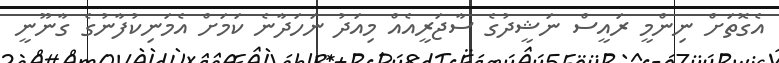
އެގޮތަށް ނިންމީ ރައީސް ނަޝީދުގެ ސާޖަރީއެއް މިއަދު ނަހަދާނެ ކަމަށް އެމަނިކުފާނުގެ ގާނޫނީ